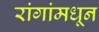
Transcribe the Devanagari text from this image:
रांगांमधून